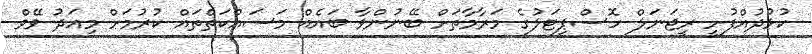
ކުޅުދުއްފުށީ ރީޖަނަލް ހޮސްޕިޓަލުގެ މަރާމާތަށް ބޭނުންވާ ބައެއް މަސައްކަތްތައް ކުރުމަށް މިއަދު ވޭވް